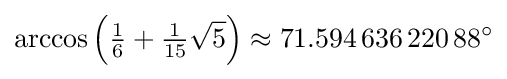
\arccos \left({\tfrac {1}{6}}+{\tfrac {1}{15}}{\sqrt {5}}\right)\approx 71.594\,636\,220\,88^{\circ }